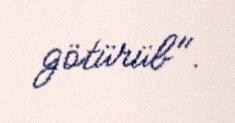
götürüb".